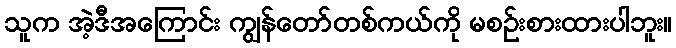
သူက အဲ့ဒီအကြောင်း ကျွန်တော်တစ်ကယ်ကို မစဉ်းစားထားပါဘူး။